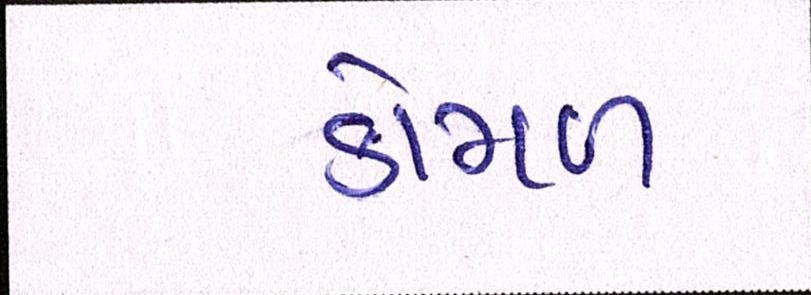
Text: કોમળ